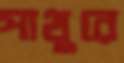
পাথুরে